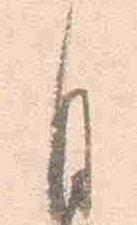
自